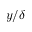
y / \delta